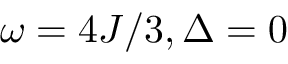
\omega = 4 J / 3 , \Delta = 0